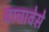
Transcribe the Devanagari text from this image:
वाचावेसे